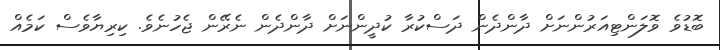
ބޮޑުވެ ވޮލަންޓިއަރުންނަށް ދާންދެން ދަސްކުރާ ކުދީންނަށް ދާންދެން ނެރޭން ޖެހުނެވެ. ކިރިޔާވެސް ކަމެއް